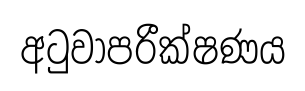
අටුවාපරීක්ෂණය